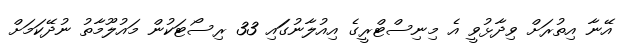
އޭނާ އިތުރަށް ވިދާޅުވީ އެ މިނިސްޓްރީގެ އިއުލާނުގަައި 33 ރިސޯޓަކުން މައުލޫމާތު ނުދޭކަމަށް